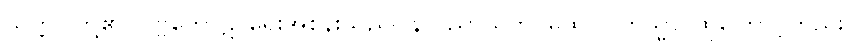
သတ္တဝါတို့၏။ ပုဗ္ဗကောဋိ၊ ရှေးအစွန်းသည်။ န ပညာယတိ၊ မထင်။ တသ္မာ၊ ထိုကြောင့်တည်း။